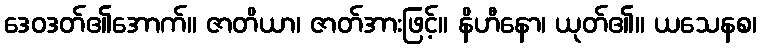
ဒေဝဒတ်၏အောက်။ ဇာတိယာ၊ ဇာတ်အားဖြင့်။ နိဟီနော၊ ယုတ်၏။ ယသေနစ၊